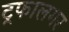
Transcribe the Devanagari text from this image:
ट्रफालगर